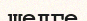
шелге